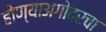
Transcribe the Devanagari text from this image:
होण्याअगोदरचा